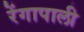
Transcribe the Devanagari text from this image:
रेंगापाली